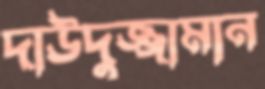
দাউদুজ্জামান